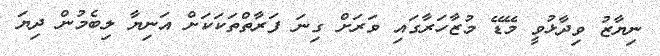
ނިޔާޒު ވިދާޅުވީ މޭޑޭ މުޒާހަރާގައި ވަރަށް ގިނަ ފަރާތްތަކަކަށް އަނިޔާ ލިބެމުން ދިޔަ